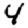
Digit: 4